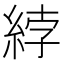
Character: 綍